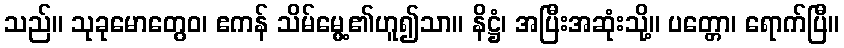
သည်။ သုခုမောတွေဝ၊ ဧကန် သိမ်မွေ့၏ဟူ၍သာ။ နိဋ္ဌံ၊ အပြီးအဆုံးသို့။ ပတ္တော၊ ရောက်ပြီ။